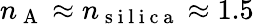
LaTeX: n_{\mathrm{~A~}}\approx n_{\mathrm{~s~i~l~i~c~a~}}\approx 1.5